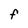
Character: F